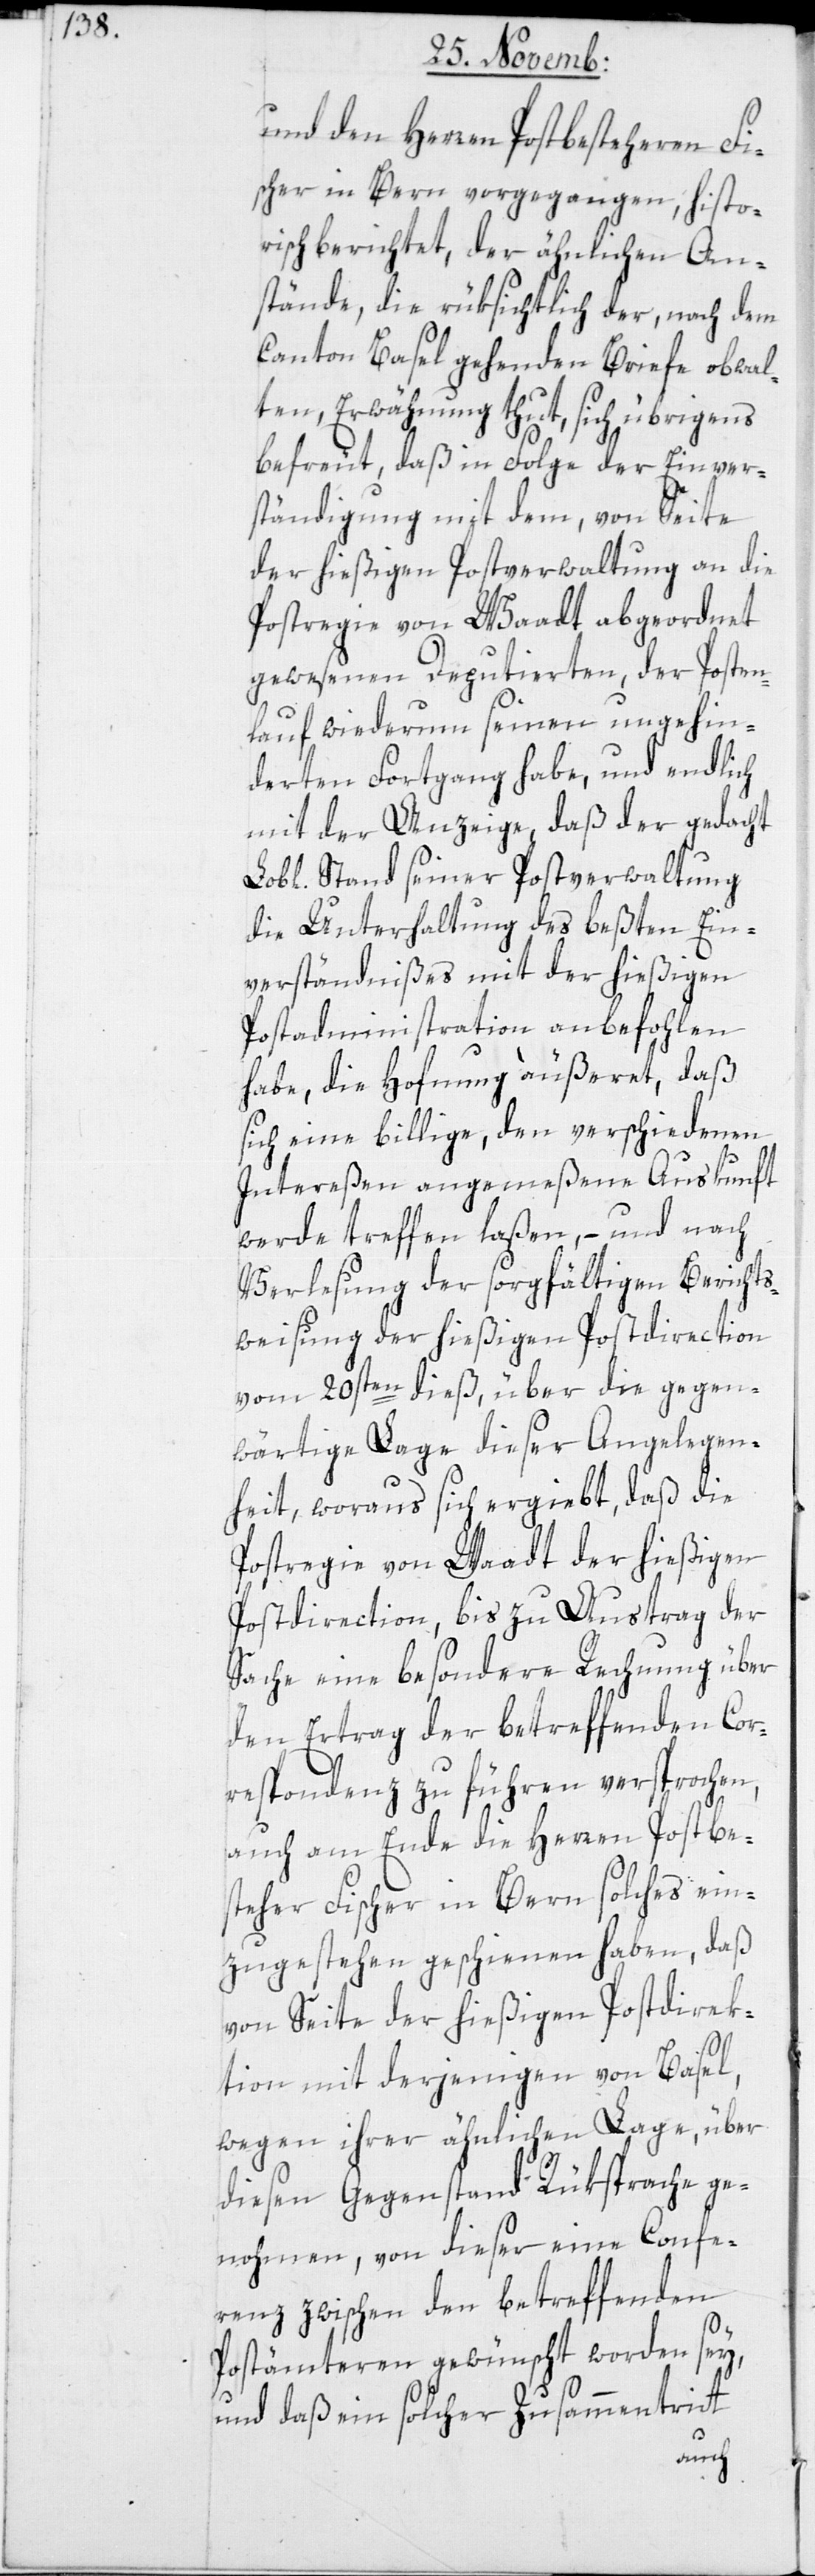
und den Herren Postbesteheren Fi¬
scher in Bern vorgegangen, histo¬
risch berichtet, der ähnlichen An¬
stände, die rüksichtlich der, nach dem
Canton Basel gehenden Briefe obwal¬
ten, Erwähnung thut, sich übrigens
befreut, daß in Folge der Einver¬
ständigung mit dem, von Seite
der hießigen Postverwaltung an die
Postregie von Waadt abgeordnet
gewesenen Deputierten, der Posten¬
lauf wiederum seinen ungehin¬
derten Fortgang habe, und endlich
mit der Anzeige, daß der gedacht
Stand seiner Postverwaltung
die Unterhaltung des beßten Ein¬
verständnißes mit der hießigen
Postadministration anbefohlen
habe, die Hoffnung äußeret, daß
sich eine billige, den verschiedenen
Intereßen angemeßene Auskunft
werde treffen laßen, – und nach
Verlesung der sorgfältigen Berichts¬
weisung der hießigen Postdirection
vom 20sten dieß, über die gegen¬
wärtige Lage dieser Angelegen¬
heit, woraus sich ergiebt, daß die
Postregie von Waadt der hießigen
Postdirection, bis zu Austrag der
Sache eine besondere Rechnung über
den Ertrag der betreffenden Cor¬
respondenz zu führen versprochen,
auch am Ende die Herren Postbe¬
steher Fischer in Bern solches ein¬
zugestehen geschienen haben, daß
von Seite der hießigen Postdirek¬
tion mit derjenigen von Basel,
wegen ihrer ähnlichen Lage, über
diesen Gegenstand Rüksprache ge¬
nohmen, von dieser eine Confe¬
renz zwischen den betreffenden
Postämteren gewünscht worden sey,
und daß ein solcher Zusammentritt